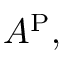
A ^ { \mathrm { P } } ,